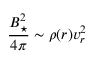
\frac { B _ { \star } ^ { 2 } } { 4 \pi } \sim \rho ( r ) v _ { r } ^ { 2 }